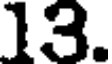
13.